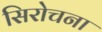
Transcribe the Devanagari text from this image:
सिरोचना